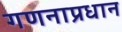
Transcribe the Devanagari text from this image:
गणनाप्रधान